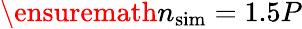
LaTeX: {\ensuremath{n_{\mathrm{sim}}}}=1.5P